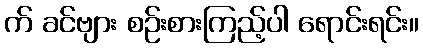
က် ခင်ဗျား စဉ်းစားကြည့်ပါ ရောင်းရင်း။